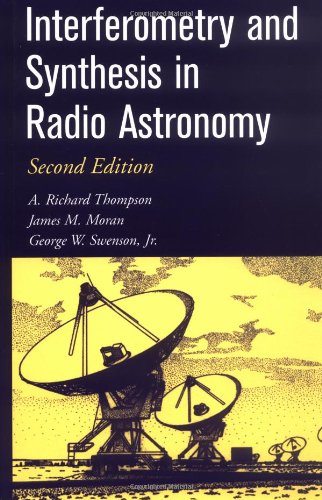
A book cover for Interferometry and Synthesis in Radio Astronomy; A. Richard Thompson; Science & Math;